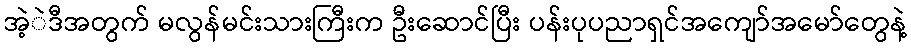
အဲ့ဲဒီအတွက် မလွန်မင်းသားကြီးက ဦးဆောင်ပြီး ပန်းပုပညာရှင်အကျော်အမော်တွေနဲ့